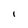
Character: I